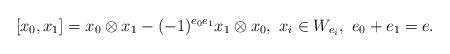
LaTeX: \begin{align*}[x_0, x_1]=x_0 \otimes x_1-(-1)^{e_0 e_1} x_1 \otimes x_0, \ x_i \in W_{e_i}, \ e_0+e_1=e.\end{align*}